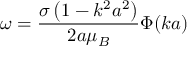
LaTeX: \omega = { \frac { \sigma \left( 1 - k ^ { 2 } a ^ { 2 } \right) } { 2 a \mu _ { B } } } \Phi ( k a )